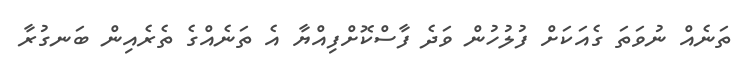
ތަނެއް ނުވަތަ ގެއަކަށް ފުލުހުން ވަދެ ފާސްކޮށްފިއްޔާ އެ ތަނެއްގެ ތެރެއިން ބަނގުރާ